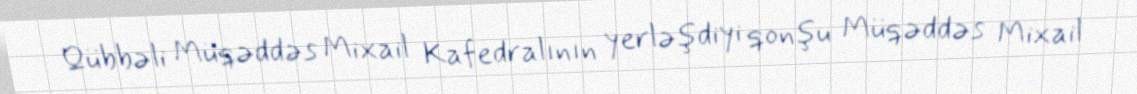
Qübbəli Müqəddəs Mixail Kafedralının yerləşdiyi qonşu Müqəddəs Mixail